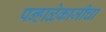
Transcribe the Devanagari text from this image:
पन्हाळेकाजीचा